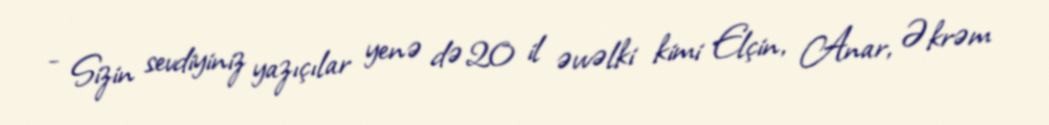
- Sizin sevdiyiniz yazıçılar yenə də 20 il əvvəlki kimi Elçin, Anar, Əkrəm